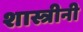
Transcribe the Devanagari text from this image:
शास्त्रीनी